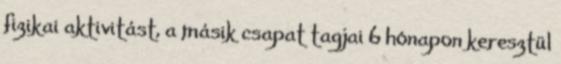
fizikai aktivitást, a másik csapat tagjai 6 hónapon keresztül